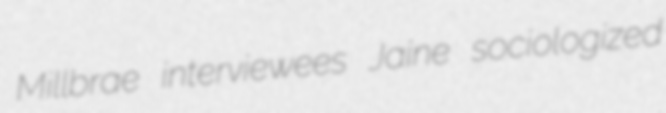
Millbrae interviewees Jaine sociologized